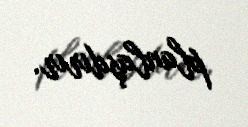
planlaşdırır.